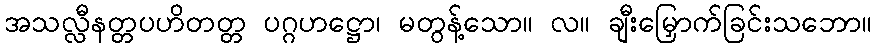
အသလ္လီနတ္တပဟိတတ္တ ပဂ္ဂဟဋ္ဌော၊ မတွန့်သော။ လ။ ချီးမြှောက်ခြင်းသဘော။